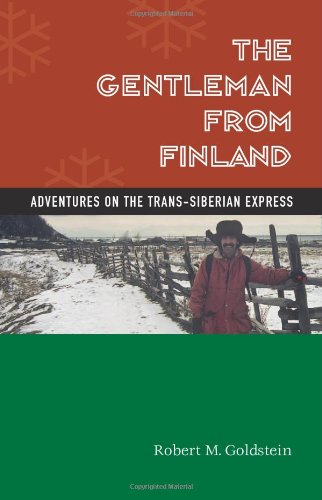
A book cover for The Gentleman From Finland: Adventures On The Trans-siberian Express; Robert M. Goldstein; Travel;